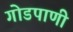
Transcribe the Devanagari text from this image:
गोडपाणी